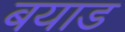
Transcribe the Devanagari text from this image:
बयाड